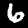
Label: 6